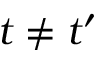
t \neq t ^ { \prime }